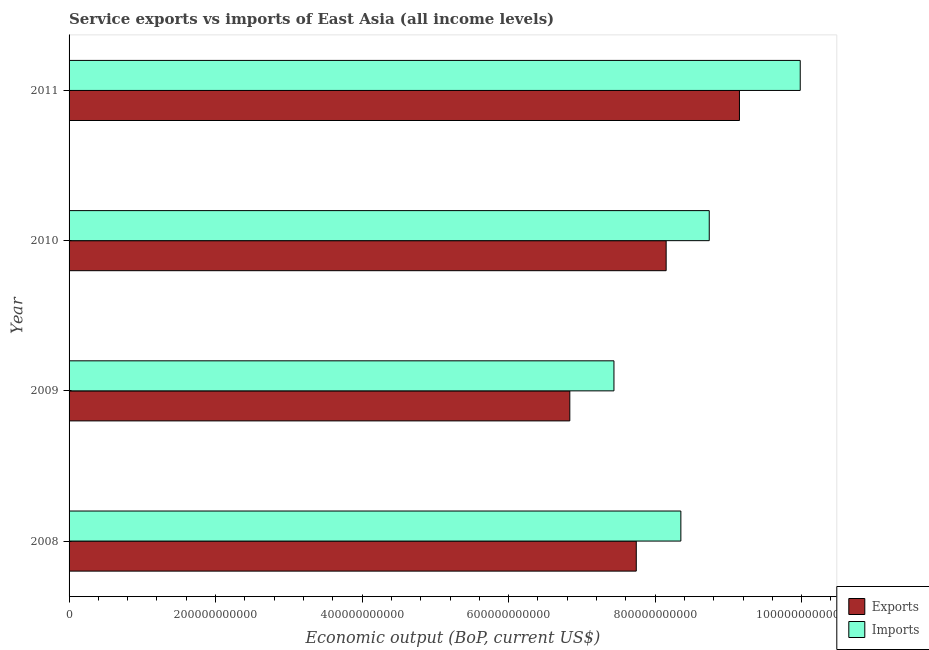
| Year | Exports | Imports |
 | --- | --- | --- |
 | 2008 | 7.74e+11 | 8.35e+11 |
 | 2009 | 6.84e+11 | 7.44e+11 |
 | 2010 | 8.15e+11 | 8.74e+11 |
 | 2011 | 9.15e+11 | 9.98e+11 |